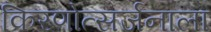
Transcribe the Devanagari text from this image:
किरणोत्सर्जनाला